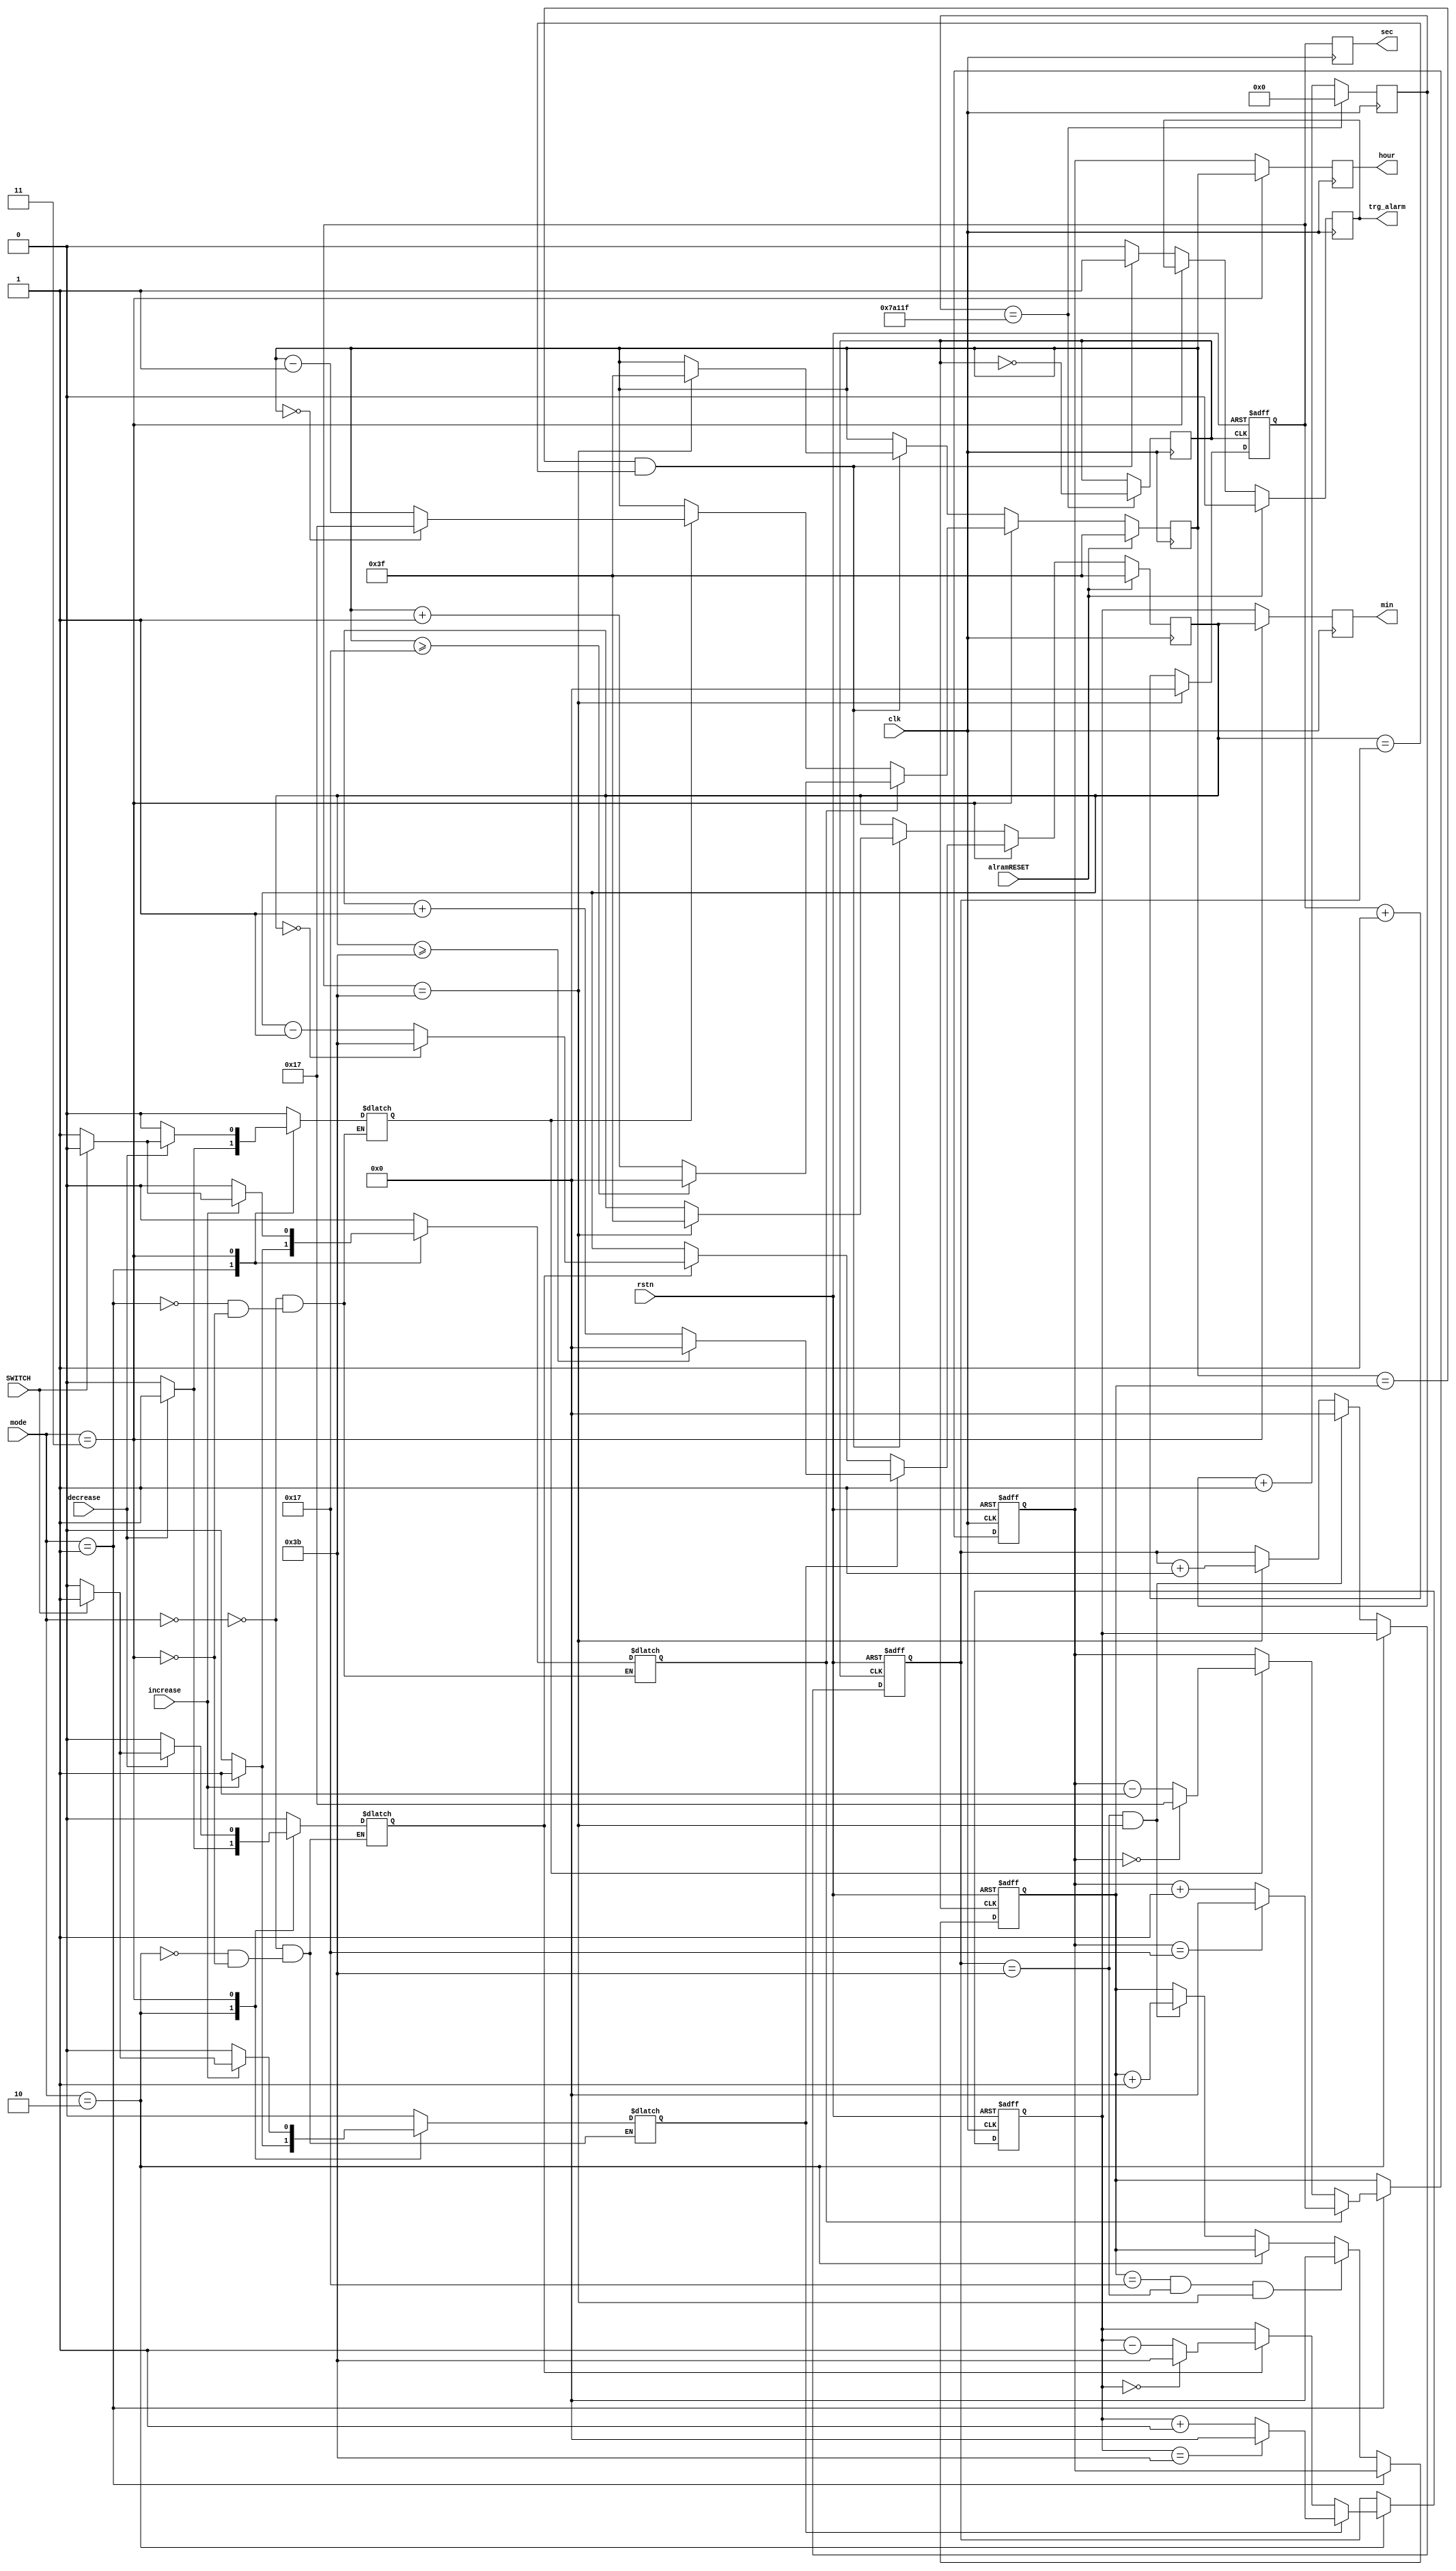
module time_blk (
	input clk,
	input rstn,
	input [1:0] mode,
	input SWITCH,
	input alramRESET,
	input increase,
	input decrease,
	output reg [5:0] hour,
	output reg [5:0] min,
	output reg [5:0] sec,
	output reg trg_alarm
);
	reg inc_hour;
	reg dec_hour;
	reg inc_min;
	reg dec_min;
	reg [5:0] v_sec;
	reg [5:0] v_min;
	reg [5:0] v_hour;
	reg [5:0] s_sec;
	reg [5:0] s_min;
	reg [5:0] s_hour;
	reg [5:0] t_min;
	reg [5:0] t_hour;

// inc_hour, dec_hour, inc_min, dec_min
always @(mode or increase or decrease) begin : set_gen
	case (mode)
		2'b00 : 
		begin
			inc_hour <= 0;
			dec_hour <= 0;
			inc_min <= 0;
			dec_min <= 0;
		end
		2'b01 :
		begin
		if(increase) inc_hour <= 1;
		else inc_hour <= 0;
		if(decrease) dec_hour <= 1;
		else dec_hour <= 0;
		end
		2'b10 :
		begin
		if(increase) inc_min <= 1;
		else inc_min <= 0;
		if(decrease) dec_min <= 1;
		else dec_min <= 0;
		end
		2'b11 :
		begin
			if(increase) begin
				if(SWITCH) begin inc_min <= 1; inc_hour <= 0; end
				else begin inc_hour <= 1; inc_min <= 0; end
			end
			else begin
				inc_min <= 0;
				inc_hour <= 0;
			end
			if(decrease) begin
				if(SWITCH) begin dec_min <= 1; dec_hour <= 0; end
				else begin dec_hour <= 1; dec_min <= 0; end
			end
			else begin
				dec_min <= 0;
				dec_hour <= 0;
			end
		end
		default: begin
			inc_hour <= 0;
			dec_hour <= 0;
			inc_min <= 0;
			dec_min <= 0;
		end
	endcase
end

// 1hz clock generation
reg [19:0] cnt_sec;
reg clk1;
initial begin
	cnt_sec = 20'd0;
	clk1 <= 1'b0;
end
always @(posedge clk) begin
	cnt_sec <= cnt_sec + 1'b1;
	if(cnt_sec == 20'd499999) begin 
		cnt_sec <= 20'd0;
		clk1 <= ~clk1;
	end
end

// initialize temp
initial begin
	v_sec <= 0;
	v_min <= 0;
	v_hour <= 0;
	s_sec <= 0;
	s_min <= 0;
	s_hour <= 0;
end

// on-going time
always @(posedge clk1 or negedge rstn) begin
	if(!rstn) begin
		v_sec <= 0;
		v_min <= 0;
		v_hour <= 0;
	end
	else begin
	v_sec <= v_sec + 1;
	if (v_sec == 6'd59) begin
		v_min <= v_min + 1;
		v_sec <= 6'd0;
	end
	if(mode == 2'b10) begin
		v_min <= s_min;
	end
	else begin
		if (v_min == 6'd59 && v_sec == 59) begin
		v_hour <= v_hour + 1;
		v_min <= 6'd0;
		end	
	end
	if(mode == 2'b01) begin
		v_hour <= s_hour;
	end
	else begin
		if (v_hour == 5'd23 && v_min == 59 && v_sec == 59) v_hour <= 5'd0;	
	end
	end
end

// selection time
always @(posedge clk or negedge rstn) begin
	if(!rstn) begin
		s_hour <= 0;
		s_min <= 0;
	end
	else begin
	if(mode == 2'b01) begin
		if (inc_hour == 1) begin
			if (s_hour == 5'd23) s_hour <= 5'd0;
			else s_hour <= s_hour + 1;
		end
		else if(dec_hour == 1) begin
			if(s_hour == 0) s_hour <= 5'd23;
			else s_hour <= s_hour - 1;
		end
		end
	else s_hour <= v_hour;
	if(mode == 2'b10) begin
		if (inc_min == 1) begin
			if (s_min == 6'd59) s_min <= 6'd0;
			else s_min <= s_min + 1;
		end
		else if (dec_min == 1) begin
			if (s_min == 0) s_min <= 6'd59;
			else s_min <= s_min - 1;
		end
	end
	else s_min <= v_min; 
	end
end

// Alarm selection
always @(posedge clk) begin
	if(alramRESET) begin
		t_hour <= 63;
		t_min <= 63;
		trg_alarm <= 0;
	end
	else begin
		if(mode == 2'b11) begin
			if(inc_hour) begin
				if(t_hour >= 5'd23) t_hour <= 5'd0;
				else t_hour <= t_hour + 1;
			end
			else if(dec_hour) begin
				if(t_hour == 0) t_hour <= 5'd23;
				else t_hour <= t_hour - 1;
			end
			if(inc_min) begin
				if (t_min >= 6'd59) t_min <= 6'd0;
				else t_min <= t_min + 1;
			end
			else if (dec_min == 1) begin
				if (t_min == 0) t_min <= 6'd59;
				else t_min <= t_min - 1;
		end
		end
		else begin
			if(t_hour == v_hour && t_min == v_min) begin
				trg_alarm <= 1;
				if(v_sec == 59) begin
					t_hour <= 63;
					t_min <= 63;
				end
			end
			else trg_alarm <= 0;
		end
	end
end

// output
always @(posedge clk) begin
	sec <= v_sec;
	if(mode == 2'b11) begin
		min <= t_min;
		hour <= t_hour;
	end
	else begin
	min <= s_min;
	hour <= s_hour;
	end
end
endmodule